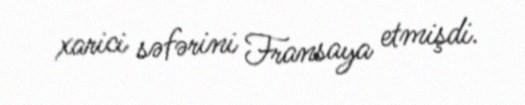
xarici səfərini Fransaya etmişdi.